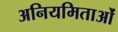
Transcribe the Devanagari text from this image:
अनियमिताओं